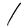
Character: l